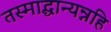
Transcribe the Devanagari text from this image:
तस्माद्धान्यन्नहि